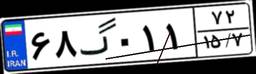
۶۸گ۰۱۱۷۲